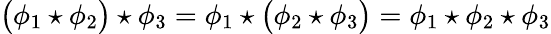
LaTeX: \bigl(\phi_{1}\star\phi_{2}\bigr)\star\phi_{3}=\phi_{1}\star\bigl(\phi_{2}\star\phi_{3}\bigr)=\phi_{1}\star\phi_{2}\star\phi_{3}